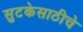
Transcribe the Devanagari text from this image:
सुटकेसाठीचे